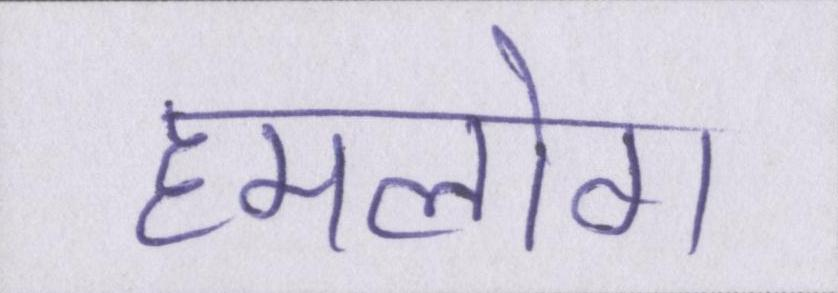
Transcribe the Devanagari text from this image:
हमलोग